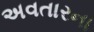
અવતારના